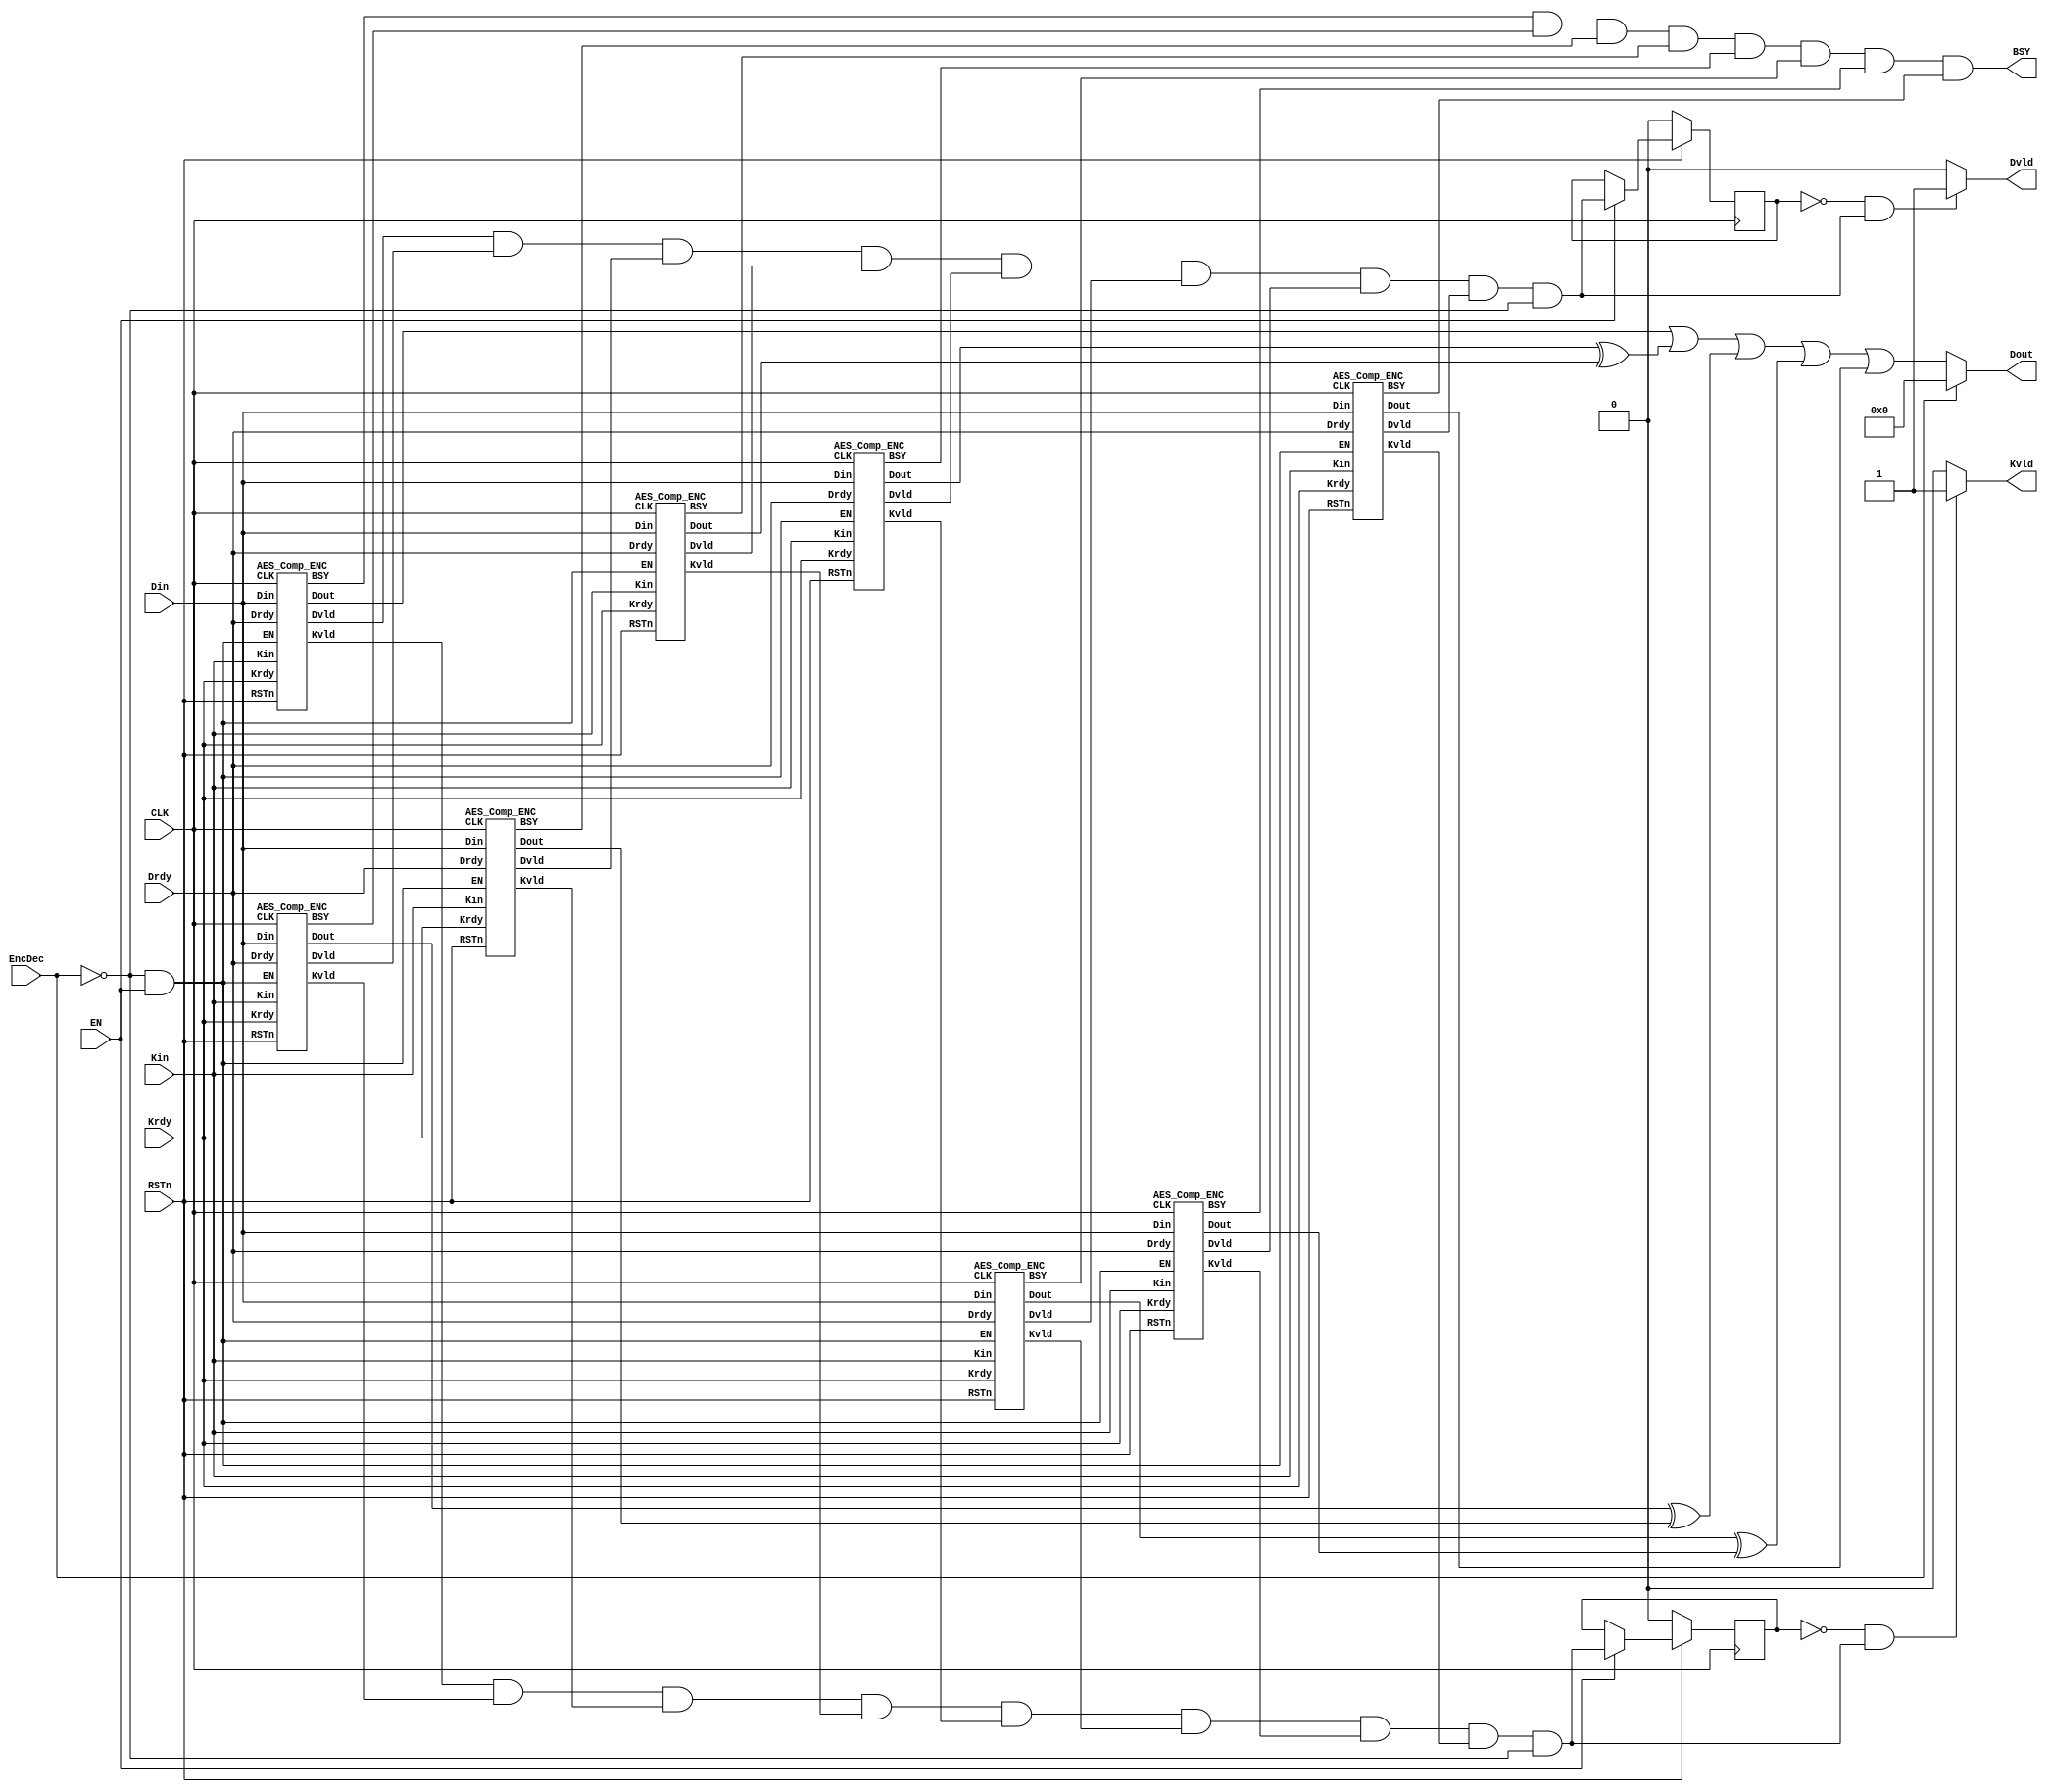
`timescale 1ns / 1ps
//////////////////////////////////////////////////////////////////////////////////
// Company: 
// Engineer: 
// 
// Design Name: 
// Module Name:    aes 
// Project Name: 
// Target Devices: 
// Tool versions: 
// Description: 
//
// Dependencies: 
//
// Revision: 
// Revision 0.01 - File Created
// Additional Comments: 
//
//////////////////////////////////////////////////////////////////////////////////
///////////////////////////////////////////////////////////////////////////////////////
// Company             : UEC
// Engineer            : 
// 
// Module Name         : aes128_table_ecb
// Project Name        : sakura_g_aes128
// Target Devices      : xc6slx75-2csg484
// Tool versions       : 13.4
// Description         : 
//
// Dependencies        : 
//
// Version             : 1.0
// Last Uodate         : July/29/2014
// Additional Comments : 
///////////////////////////////////////////////////////////////////////////////////////
// Copyright (c) Satoh LaboratoryCUEC


/*-------------------------------------------------------------------------
 AES Encryption/Decryption Macro (ASIC version)
                                   
 File name   : AES_Comp.v
 Version     : Version 1.0
 Created     : 
 Last update : SEP/25/2007
 Desgined by : Akashi Satoh
 
 
 Copyright (C) 2007 AIST and Tohoku Univ.
 
 By using this code, you agree to the following terms and conditions.
 
 This code is copyrighted by AIST and Tohoku University ("us").
 
 Permission is hereby granted to copy, reproduce, redistribute or
 otherwise use this code as long as: there is no monetary profit gained
 specifically from the use or reproduction of this code, it is not sold,
 rented, traded or otherwise marketed, and this copyright notice is
 included prominently in any copy made.
 
 We shall not be liable for any damages, including without limitation
 direct, indirect, incidental, special or consequential damages arising
 from the use of this code.
 
 When you publish any results arising from the use of this code, we will
 appreciate it if you can cite our webpage
 (http://www.aoki.ecei.tohoku.ac.jp/crypto/).
 -------------------------------------------------------------------------*/

//`timescale 1ns / 1ps

`default_nettype wire
module aes (Kin, Din, Dout, Krdy, Drdy,EncDec, Kvld, Dvld, EN, BSY, CLK,RSTn);
  input  [127:0] Kin;  // Key input
  input  [127:0] Din;  // Data input
  output [127:0] Dout; // Data output
  input  Krdy;         // Key input ready
  input  Drdy;         // Data input ready
  input  EncDec;       // 0:Encryption 1:Decryption
  input  RSTn;         // Reset (Low active)
  input  EN;           // AES circuit enable
  input  CLK;          // System clock
  output BSY;          // Busy signal
  output Kvld;         // Data output valid
  output Dvld;         // Data output valid

  wire EN_E, EN_D;
  wire [127:0] Dout_E0, Dout_E1, Dout_E2, Dout_E3, Dout_E4, Dout_E5, Dout_E6, Dout_E7 ;

  
  wire BSY_E0, BSY_E1, BSY_E2, BSY_E3, BSY_E4, BSY_E5, BSY_E6, BSY_E7;
  wire Dvld_E0, Dvld_E1, Dvld_E2, Dvld_E3, Dvld_E4, Dvld_E5, Dvld_E6, Dvld_E7;
  wire Kvld_E0, Kvld_E1, Kvld_E2, Kvld_E3, Kvld_E4, Kvld_E5, Kvld_E6, Kvld_E7;

  wire Dvld_tmp, Kvld_tmp;
  reg  Dvld_reg, Kvld_reg;

  assign EN_E = (~EncDec) & EN;
  assign EN_D =  EncDec & EN;
  assign BSY  = BSY_E0 & BSY_E1 & BSY_E2  & BSY_E3 & BSY_E4 & BSY_E5  & BSY_E6 & BSY_E7  ;
 

  assign Dvld_tmp = (Dvld_E0 & Dvld_E1 & Dvld_E2 & Dvld_E3 & Dvld_E4 & Dvld_E5 & Dvld_E6 & Dvld_E7 )& (~EncDec);// |Dvld_e & (~EncDec) |Dvld_f & (~EncDec)|Dvld_g & (~EncDec)|Dvld_h & (~EncDec) ;//|Dvld_i & (~EncDec) ;//|Dvld_j & (~EncDec) ;//| Dvld_k & EncDec
  assign Kvld_tmp = (Kvld_E0 & Kvld_E1 & Kvld_E2 & Kvld_E3 & Kvld_E4 & Kvld_E5 & Kvld_E6 & Kvld_E7 ) & (~EncDec);// |Kvld_e & (~EncDec) |Kvld_f & (~EncDec)|Kvld_g & (~EncDec)|Kvld_h & (~EncDec) ;//|Kvld_i & (~EncDec) ;// | Kvld_D & EncDec|Kvld_j & (~EncDec) ;//|Kvld_k & (~EncDec)

  assign Dvld = ( (Dvld_reg == 1'b0) && (Dvld_tmp == 1'b1) ) ? 1'b1: 1'b0;
  assign Kvld = ( (Kvld_reg == 1'b0) && (Kvld_tmp == 1'b1) ) ? 1'b1: 1'b0;  

  assign Dout = ((EncDec == 0)? Dout_E0 | Dout_E4 ^  Dout_E3 | Dout_E1 ^Dout_E2 | Dout_E5 ^Dout_E6 | Dout_E7 : 0  );
   //     module AES_Comp_ENC(Kin,Kinv, Din, Dout,    Dout1, Dout2,Dout3,               Krdy, Drdy, RSTn, EN,   CLK, BSY,   Kvld,   Dvld, odT);
    //     module AES_Comp_ENC(Kin, Din, Dout, Krdy, Drdy, RSTn, EN, CLK, BSY, Kvld, Dvld);
	 
	 AES_Comp_ENC AES_Comp_ENC0(Kin, Din, Dout_E0, Krdy, Drdy, RSTn, EN_E, CLK, BSY_E0, Kvld_E0, Dvld_E0);
    AES_Comp_ENC AES_Comp_ENC1(Kin, Din, Dout_E1, Krdy, Drdy, RSTn, EN_E, CLK, BSY_E1, Kvld_E1, Dvld_E1);
    AES_Comp_ENC AES_Comp_ENC2(Kin, Din, Dout_E2, Krdy, Drdy, RSTn, EN_E, CLK, BSY_E2, Kvld_E2, Dvld_E2);
    AES_Comp_ENC AES_Comp_ENC3(Kin, Din, Dout_E3, Krdy, Drdy, RSTn, EN_E, CLK, BSY_E3, Kvld_E3, Dvld_E3);
    AES_Comp_ENC AES_Comp_ENC4(Kin, Din, Dout_E4, Krdy, Drdy, RSTn, EN_E, CLK, BSY_E4, Kvld_E4, Dvld_E4);
    AES_Comp_ENC AES_Comp_ENC5(Kin, Din, Dout_E5, Krdy, Drdy, RSTn, EN_E, CLK, BSY_E5, Kvld_E5, Dvld_E5);
    AES_Comp_ENC AES_Comp_ENC6(Kin, Din, Dout_E6, Krdy, Drdy, RSTn, EN_E, CLK, BSY_E6, Kvld_E6, Dvld_E6);
    AES_Comp_ENC AES_Comp_ENC7(Kin, Din, Dout_E7, Krdy, Drdy, RSTn, EN_E, CLK, BSY_E7, Kvld_E7, Dvld_E7);

  
  // Behavior for Dvld_reg and Kvld_reg.
  always @(posedge CLK) begin
    if (RSTn == 0) begin
      Dvld_reg <= 1'b0;
      Kvld_reg <= 1'b0;
	   
		
    end
    else if (EN == 1) begin
      Dvld_reg <= Dvld_tmp;
      Kvld_reg <= Kvld_tmp;
      
       
		
    end
	
  end
endmodule

/////////////////////////////
//        SubBytes         //
/////////////////////////////
module SubBytes (x, y);
  input  [31:0] x;
  output [31:0] y;

  function [7:0] S;
  input    [7:0] x;
    case (x)
        0:S= 99;   1:S=124;   2:S=119;   3:S=123;   4:S=242;   5:S=107;   6:S=111;   7:S=197;
        8:S= 48;   9:S=  1;  10:S=103;  11:S= 43;  12:S=254;  13:S=215;  14:S=171;  15:S=118;
       16:S=202;  17:S=130;  18:S=201;  19:S=125;  20:S=250;  21:S= 89;  22:S= 71;  23:S=240;
       24:S=173;  25:S=212;  26:S=162;  27:S=175;  28:S=156;  29:S=164;  30:S=114;  31:S=192;
       32:S=183;  33:S=253;  34:S=147;  35:S= 38;  36:S= 54;  37:S= 63;  38:S=247;  39:S=204;
       40:S= 52;  41:S=165;  42:S=229;  43:S=241;  44:S=113;  45:S=216;  46:S= 49;  47:S= 21;
       48:S=  4;  49:S=199;  50:S= 35;  51:S=195;  52:S= 24;  53:S=150;  54:S=  5;  55:S=154;
       56:S=  7;  57:S= 18;  58:S=128;  59:S=226;  60:S=235;  61:S= 39;  62:S=178;  63:S=117;
       64:S=  9;  65:S=131;  66:S= 44;  67:S= 26;  68:S= 27;  69:S=110;  70:S= 90;  71:S=160;
       72:S= 82;  73:S= 59;  74:S=214;  75:S=179;  76:S= 41;  77:S=227;  78:S= 47;  79:S=132;
       80:S= 83;  81:S=209;  82:S=  0;  83:S=237;  84:S= 32;  85:S=252;  86:S=177;  87:S= 91;
       88:S=106;  89:S=203;  90:S=190;  91:S= 57;  92:S= 74;  93:S= 76;  94:S= 88;  95:S=207;
       96:S=208;  97:S=239;  98:S=170;  99:S=251; 100:S= 67; 101:S= 77; 102:S= 51; 103:S=133;
      104:S= 69; 105:S=249; 106:S=  2; 107:S=127; 108:S= 80; 109:S= 60; 110:S=159; 111:S=168;
      112:S= 81; 113:S=163; 114:S= 64; 115:S=143; 116:S=146; 117:S=157; 118:S= 56; 119:S=245;
      120:S=188; 121:S=182; 122:S=218; 123:S= 33; 124:S= 16; 125:S=255; 126:S=243; 127:S=210;
      128:S=205; 129:S= 12; 130:S= 19; 131:S=236; 132:S= 95; 133:S=151; 134:S= 68; 135:S= 23;
      136:S=196; 137:S=167; 138:S=126; 139:S= 61; 140:S=100; 141:S= 93; 142:S= 25; 143:S=115;
      144:S= 96; 145:S=129; 146:S= 79; 147:S=220; 148:S= 34; 149:S= 42; 150:S=144; 151:S=136;
      152:S= 70; 153:S=238; 154:S=184; 155:S= 20; 156:S=222; 157:S= 94; 158:S= 11; 159:S=219;
      160:S=224; 161:S= 50; 162:S= 58; 163:S= 10; 164:S= 73; 165:S=  6; 166:S= 36; 167:S= 92;
      168:S=194; 169:S=211; 170:S=172; 171:S= 98; 172:S=145; 173:S=149; 174:S=228; 175:S=121;
      176:S=231; 177:S=200; 178:S= 55; 179:S=109; 180:S=141; 181:S=213; 182:S= 78; 183:S=169;
      184:S=108; 185:S= 86; 186:S=244; 187:S=234; 188:S=101; 189:S=122; 190:S=174; 191:S=  8;
      192:S=186; 193:S=120; 194:S= 37; 195:S= 46; 196:S= 28; 197:S=166; 198:S=180; 199:S=198;
      200:S=232; 201:S=221; 202:S=116; 203:S= 31; 204:S= 75; 205:S=189; 206:S=139; 207:S=138;
      208:S=112; 209:S= 62; 210:S=181; 211:S=102; 212:S= 72; 213:S=  3; 214:S=246; 215:S= 14;
      216:S= 97; 217:S= 53; 218:S= 87; 219:S=185; 220:S=134; 221:S=193; 222:S= 29; 223:S=158;
      224:S=225; 225:S=248; 226:S=152; 227:S= 17; 228:S=105; 229:S=217; 230:S=142; 231:S=148;
      232:S=155; 233:S= 30; 234:S=135; 235:S=233; 236:S=206; 237:S= 85; 238:S= 40; 239:S=223;
      240:S=140; 241:S=161; 242:S=137; 243:S= 13; 244:S=191; 245:S=230; 246:S= 66; 247:S=104;
      248:S= 65; 249:S=153; 250:S= 45; 251:S= 15; 252:S=176; 253:S= 84; 254:S=187; 255:S= 22;
    endcase
  endfunction

  assign y = {S(x[31:24]), S(x[23:16]), S(x[15: 8]), S(x[ 7: 0])};
endmodule
/////////////////////////////
//       MixColumns        //
/////////////////////////////
module AES_Comp_MixColumns(x, y);
  input  [31:0]  x;
  output [31:0]  y;

  wire [7:0] a3, a2, a1, a0, b3, b2, b1, b0;

  assign a3 = x[31:24]; assign a2 = x[23:16];
  assign a1 = x[15: 8]; assign a0 = x[ 7: 0];

  assign b3 = a3 ^ a2; assign b2 = a2 ^ a1;
  assign b1 = a1 ^ a0; assign b0 = a0 ^ a3;

  assign y = {a2[7] ^ b1[7] ^ b3[6],         a2[6] ^ b1[6] ^ b3[5],
              a2[5] ^ b1[5] ^ b3[4],         a2[4] ^ b1[4] ^ b3[3] ^ b3[7],
              a2[3] ^ b1[3] ^ b3[2] ^ b3[7], a2[2] ^ b1[2] ^ b3[1],
              a2[1] ^ b1[1] ^ b3[0] ^ b3[7], a2[0] ^ b1[0] ^ b3[7],
              a3[7] ^ b1[7] ^ b2[6],         a3[6] ^ b1[6] ^ b2[5],
              a3[5] ^ b1[5] ^ b2[4],         a3[4] ^ b1[4] ^ b2[3] ^ b2[7],
              a3[3] ^ b1[3] ^ b2[2] ^ b2[7], a3[2] ^ b1[2] ^ b2[1],
              a3[1] ^ b1[1] ^ b2[0] ^ b2[7], a3[0] ^ b1[0] ^ b2[7],
              a0[7] ^ b3[7] ^ b1[6],         a0[6] ^ b3[6] ^ b1[5],
              a0[5] ^ b3[5] ^ b1[4],         a0[4] ^ b3[4] ^ b1[3] ^ b1[7],
              a0[3] ^ b3[3] ^ b1[2] ^ b1[7], a0[2] ^ b3[2] ^ b1[1],
              a0[1] ^ b3[1] ^ b1[0] ^ b1[7], a0[0] ^ b3[0] ^ b1[7],
              a1[7] ^ b3[7] ^ b0[6],         a1[6] ^ b3[6] ^ b0[5],
              a1[5] ^ b3[5] ^ b0[4],         a1[4] ^ b3[4] ^ b0[3] ^ b0[7],
              a1[3] ^ b3[3] ^ b0[2] ^ b0[7], a1[2] ^ b3[2] ^ b0[1],
              a1[1] ^ b3[1] ^ b0[0] ^ b0[7], a1[0] ^ b3[0] ^ b0[7]};
endmodule




/////////////////////////////
//     Encryption Core     //
/////////////////////////////
module AES_Comp_EncCore(di, ki, Rrg, do, ko);
  input  [127:0] di, ki;
  input  [9:0]   Rrg;
  output [127:0] do, ko;

  wire   [127:0] sb, sr, mx;
  wire   [31:0]  so;

  SubBytes SB3 (di[127:96], sb[127:96]);
  SubBytes SB2 (di[ 95:64], sb[ 95:64]);
  SubBytes SB1 (di[ 63:32], sb[ 63:32]);
  SubBytes SB0 (di[ 31: 0], sb[ 31: 0]);
  SubBytes SBK ({ki[23:16], ki[15:8], ki[7:0], ki[31:24]}, so);

  assign sr = {sb[127:120], sb[ 87: 80], sb[ 47: 40], sb[  7:  0],
               sb[ 95: 88], sb[ 55: 48], sb[ 15:  8], sb[103: 96],
               sb[ 63: 56], sb[ 23: 16], sb[111:104], sb[ 71: 64],
               sb[ 31: 24], sb[119:112], sb[ 79: 72], sb[ 39: 32]};

  AES_Comp_MixColumns MX3 (sr[127:96], mx[127:96]);
  AES_Comp_MixColumns MX2 (sr[ 95:64], mx[ 95:64]);
  AES_Comp_MixColumns MX1 (sr[ 63:32], mx[ 63:32]);
  AES_Comp_MixColumns MX0 (sr[ 31: 0], mx[ 31: 0]);

  assign do = ((Rrg[0] == 1)? sr: mx) ^ ki;

  function [7:0] rcon;
  input [9:0] x;
    casex (x)
      10'bxxxxxxxxx1: rcon = 8'h01;
      10'bxxxxxxxx1x: rcon = 8'h02;
      10'bxxxxxxx1xx: rcon = 8'h04;
      10'bxxxxxx1xxx: rcon = 8'h08;
      10'bxxxxx1xxxx: rcon = 8'h10;
      10'bxxxx1xxxxx: rcon = 8'h20;
      10'bxxx1xxxxxx: rcon = 8'h40;
      10'bxx1xxxxxxx: rcon = 8'h80;
      10'bx1xxxxxxxx: rcon = 8'h1b;
      10'b1xxxxxxxxx: rcon = 8'h36;
      default       : rcon = 8'h00; // Modified by T.Katashita.(Sep 1, 2008)
    endcase
  endfunction

  assign ko = {ki[127:96] ^ {so[31:24] ^ rcon(Rrg), so[23: 0]},
               ki[ 95:64] ^ ko[127:96],
               ki[ 63:32] ^ ko[ 95:64],
               ki[ 31: 0] ^ ko[ 63:32]};
endmodule


/////////////////////////////
//   AES for encryption    //
/////////////////////////////
module AES_Comp_ENC(Kin, Din, Dout, Krdy, Drdy, RSTn, EN, CLK, BSY, Kvld, Dvld);
  input  [127:0] Kin;  // Key input
  input  [127:0] Din;  // Data input
  output [127:0] Dout; // Data output
  input  Krdy;         // Key input ready
  input  Drdy;         // Data input ready
  input  RSTn;         // Reset (Low active)
  input  EN;           // AES circuit enable
  input  CLK;          // System clock
  output BSY;          // Busy signal
  output Kvld;         // Key valid
  output Dvld;         // Data output valid

  reg  [127:0] Drg;    // Data register
  reg  [127:0] Krg;    // Key register
  reg  [127:0] KrgX;   // Temporary key Register
  reg  [9:0]   Rrg;    // Round counter
  reg  Kvldrg, Dvldrg, BSYrg;
  wire [127:0] Dnext, Knext;

  AES_Comp_EncCore EC (Drg, KrgX, Rrg, Dnext, Knext);

  assign Kvld = Kvldrg;
  assign Dvld = Dvldrg;
  assign Dout = Drg;
  assign BSY  = BSYrg;

  always @(posedge CLK) begin
    if (RSTn == 0) begin
      Krg    <= 128'h0000000000000000;
      KrgX   <= 128'h0000000000000000;
      Rrg    <= 10'b0000000001;
      Kvldrg <= 0;
      Dvldrg <= 0;
      BSYrg  <= 0;
    end
    else if (EN == 1) begin
      if (BSYrg == 0) begin
        if (Krdy == 1) begin
          Krg    <= Kin;
          KrgX   <= Kin;
          Kvldrg <= 1;
          Dvldrg <= 0;
        end
        else if (Drdy == 1) begin
          Rrg    <= {Rrg[8:0], Rrg[9]};
          KrgX   <= Knext;
          Drg    <= Din ^ Krg;
          Dvldrg <= 0;
          BSYrg  <= 1;
        end
      end
      else begin
        Drg <= Dnext;
        if (Rrg[0] == 1) begin
          KrgX   <= Krg;
          Dvldrg <= 1;
          BSYrg  <= 0;
        end
        else begin
          Rrg    <= {Rrg[8:0], Rrg[9]};
          KrgX   <= Knext;
        end
      end
    end
  end
 
  
endmodule